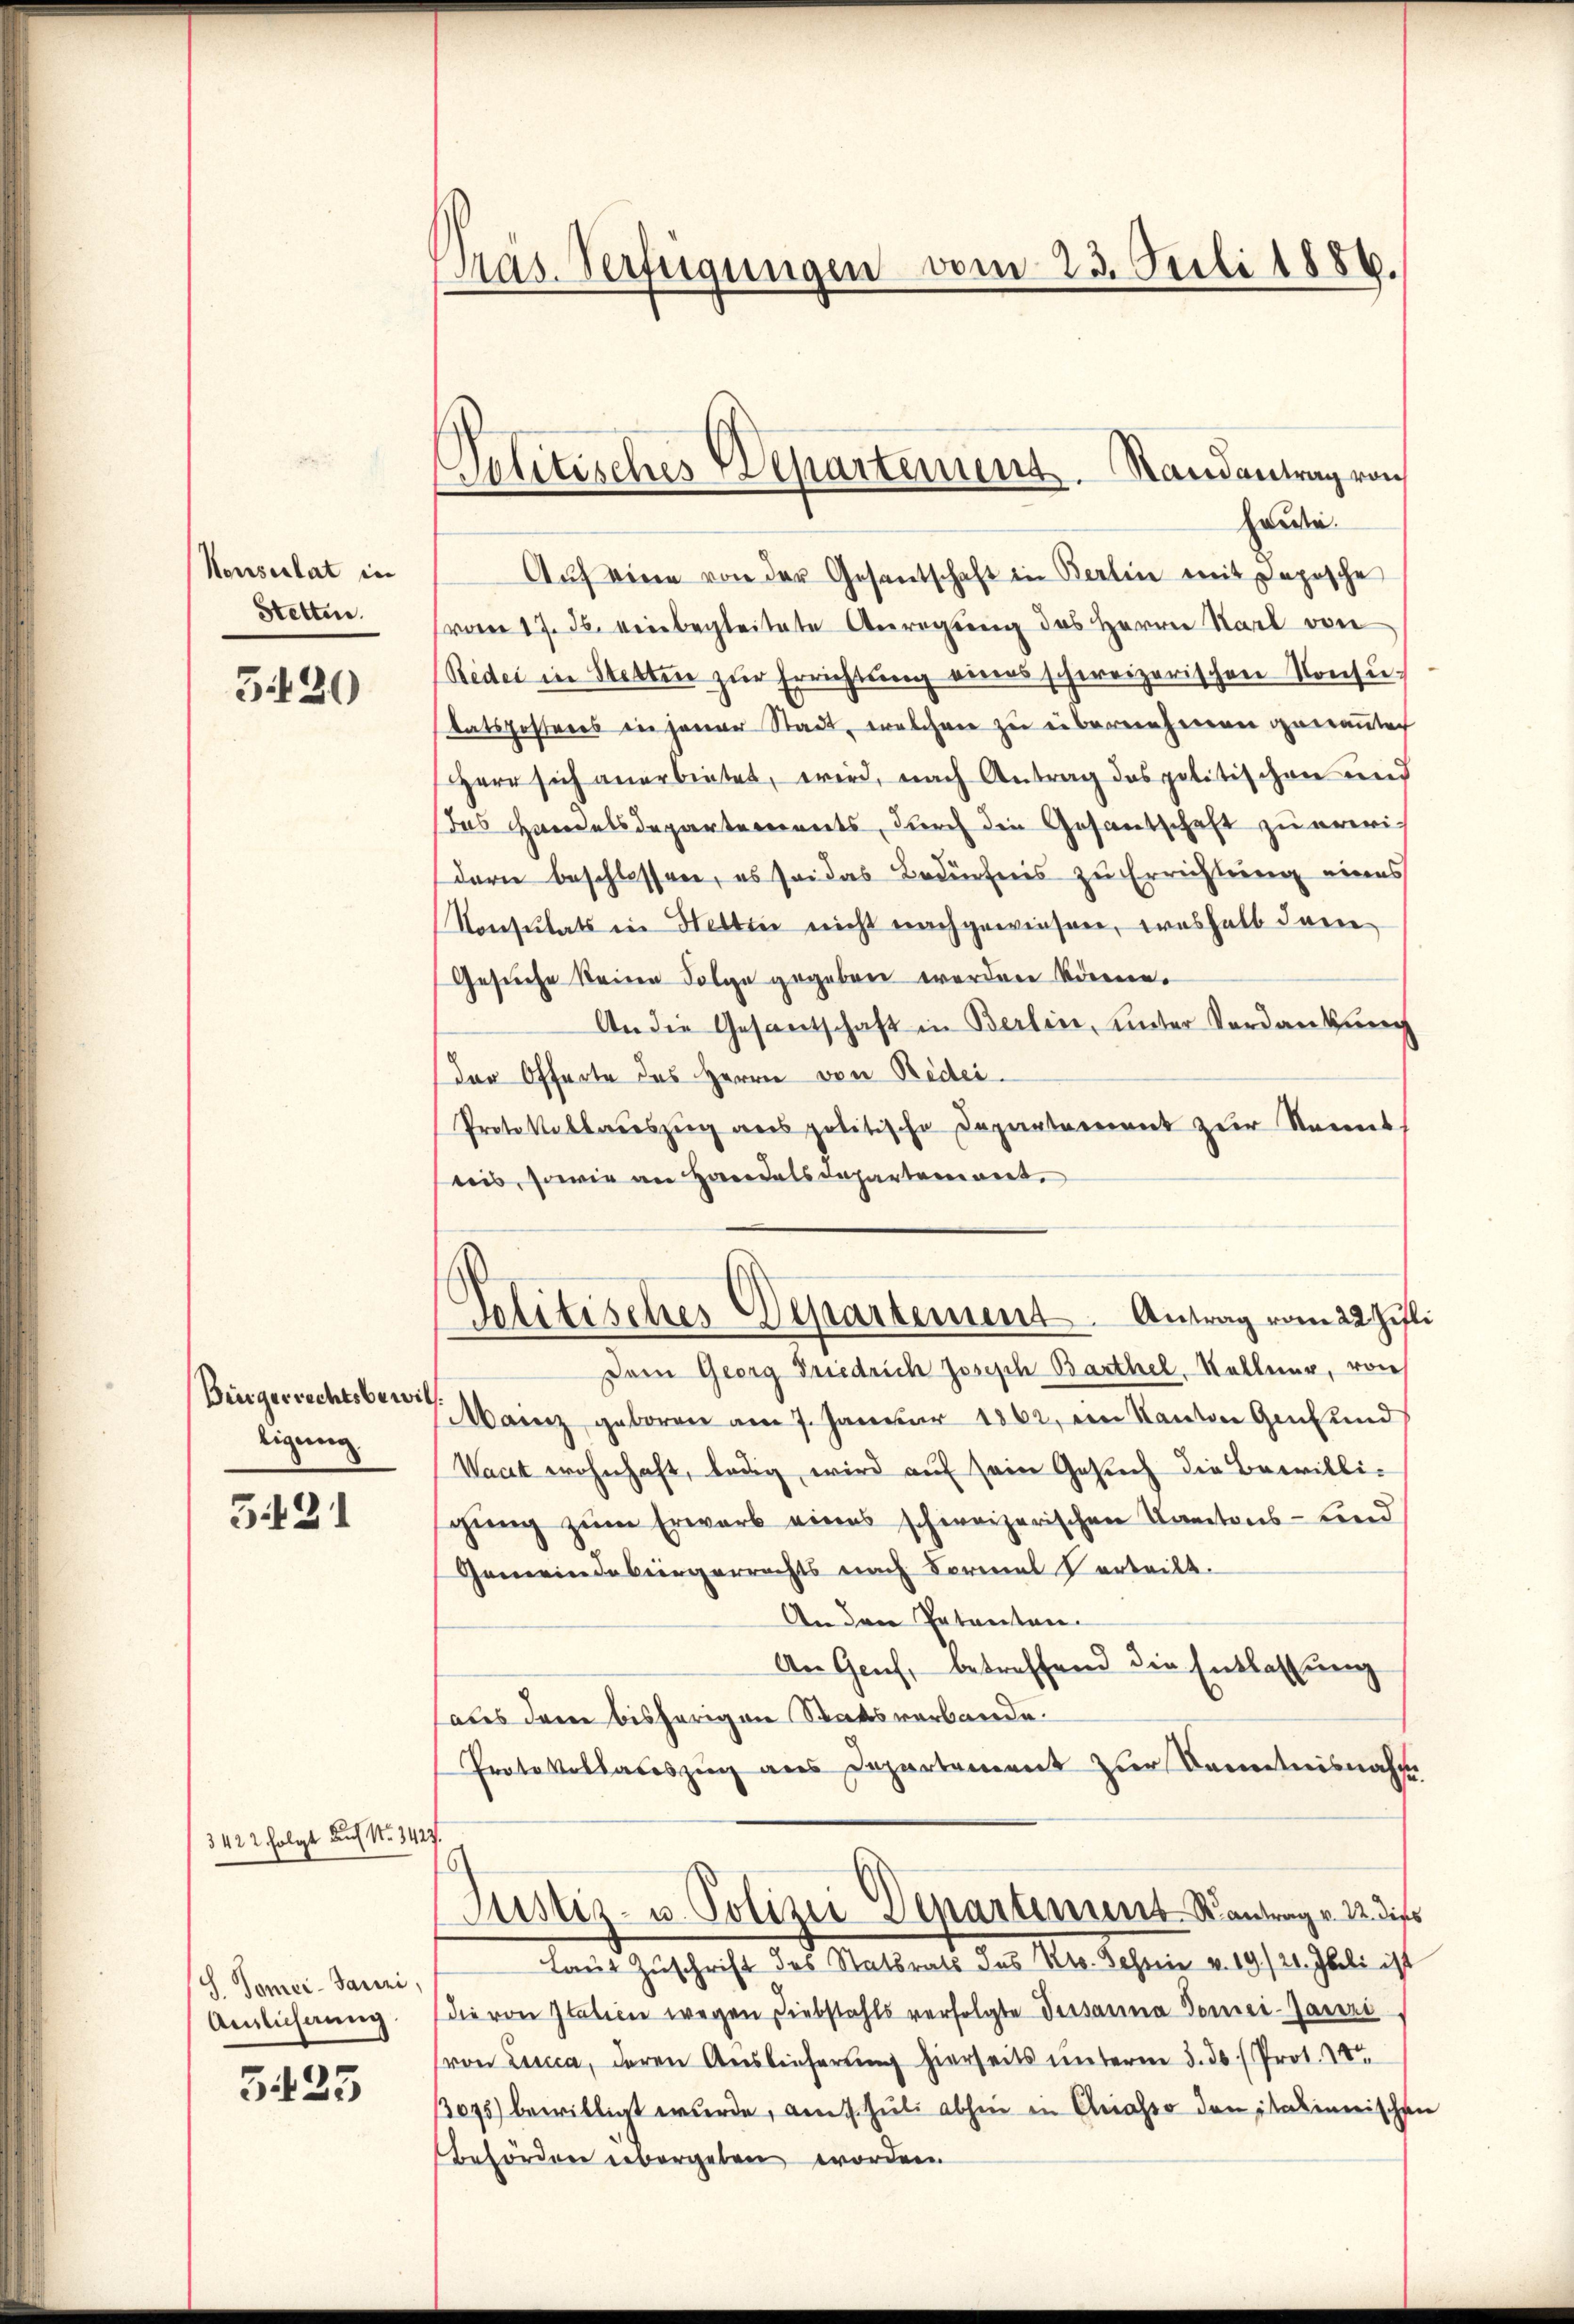
Konsulat in
Stetten.

5120

Biergerrechtsbewiltigung

5491

3422 folgt auf 1. 1427.
S. Tomci-Sauri,
Aislichnung.

3425

Pras. Verfügungen vom 23. Juli 1886.

Politisches Departement. Randantrag von

selitisches Departement. Antrag vom 22 Zifli

Hause.
Aŭf eine von der Gesantschaft in Berlin mit Deposche
(vom 17. 36. einbegleitete Anregung des Herrn Karl vore
(Rede in Stetten zur Errichtung eines schweizerischen Konsutatsposteres in jener Stadt, welchen zu übernehmen genanntech
Herr sich anerbietet, wird, nach Antrag des politischen und
das Handelsdepartements, durch die Gesandschaft zu erwidern beschlossen, es sei das Bedürfnis zu Errichtung eines
Konsulats in Hettin nicht nachgewiesen, weshalb dann
Gesuche keine Folge gegeben werden könne.
An die Gesantschaft in Berlin, unter Vordankung
der Offerte des Herrn von Redei¬
Protokollaŭszŭg ans politische Departement zur Kennt
eis, sowie an Herredals Departement.
Dem Georg Friedrich Joseph Barthel Kellner, von
MMainz geboren am 7. Januar 1862 ein Kanton Genf und
Waat wohnhaft, ledig wird auf sein Gesuch die Bewilligung zum Erwarb eines schweizerischen Kantons-Lind
Gemeindebürgerrechts nach Formal verteilt.
Anden Patenten.
An Genf, betreffend die Entlassung
ales dann bisherigen Ratsverbande.
Protokollauszug aus Departement zur Kenntnisnahm
¬
Justiz- u. Polizei Departement Kontrag v. 22. dies
Laut Zuschrift des Statsrats des Kts. Schein v. 19/20. Jbeli ist
die von Italien wegen Diebstahls verfolgte Dessanna Tomei-Jaxeri
von Lucca, deren Auslieferung hierseits unterm 3. ds (Prot. 24
3095) bewilligt wurde, am 1. Juli abhin in Anato den italinerischen
Beförderer übergeben worden.